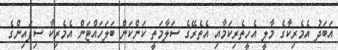
އަބަދު އެމެރިކާގެ މާލީ އެހީތެރިކަމާއި އެތެރޭގެ ސަލާމަތީ ކަންކަން ބަލަހައްޓަން އެމެރިކާ ސިފައިންގެ